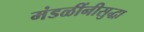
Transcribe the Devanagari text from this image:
मंडळींनीसुद्धा